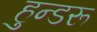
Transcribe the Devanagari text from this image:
हुन्डरू